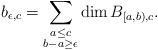
LaTeX: \begin{align*} b_{\epsilon,c} = \sum_{\substack{a\leq c\\ b-a\geq\epsilon}} \dim B_{[a,b),c}.\end{align*}